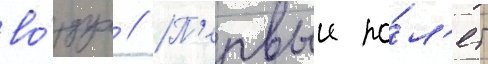
во́здух // П'ервыи по́л'ет